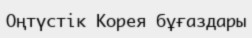
Оңтүстік Корея бұғаздары